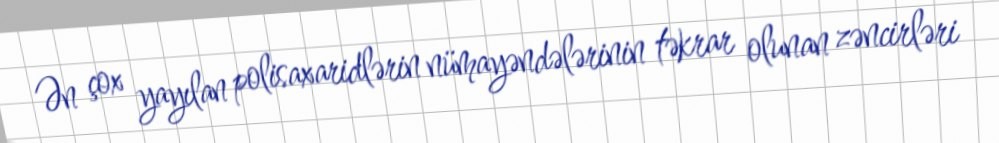
Ən çox yayılan polisaxaridlərin nümayəndələrinin təkrar olunan zəncirləri